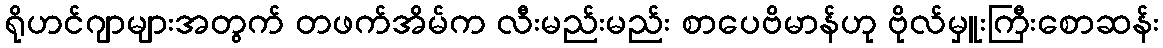
ရိုဟင်ဂျာများအတွက် တဖက်အိမ်က လီးမည်းမည်း စာပေဗိမာန်ဟု ဗိုလ်မှူးကြီးစောဆန်း